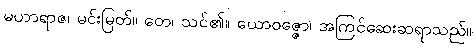
မဟာရာဇ၊ မင်းမြတ်။ တေ၊ သင်၏။ ယောဝဇ္ဇော၊ အကြင်ဆေးဆရာသည်။